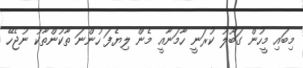
މިބައި މީހުން ގަބޫލު ކުރަނީ ހާމަނާއީ މެން ލިޔެފަ ހުންނަ ތާކުންތާކު ނުޖެހޭ